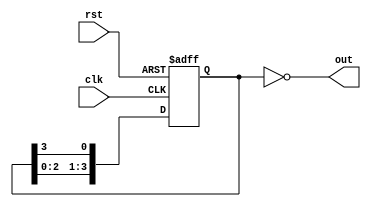
module johnson_counter(
    input clk,
    input rst,
    output reg [3:0] out
);

reg [3:0] internal_state;

always @(posedge clk or posedge rst) begin
    if (rst) begin
        internal_state <= 4'b0001; // Initial state set to '0001'
    end else begin
        internal_state <= {internal_state[2:0], internal_state[3]}; // Circular shift right
    end
end

assign out = ~internal_state; // Output taken from inverted internal state

endmodule